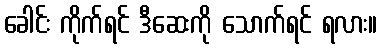
ခေါင်း ကိုက်ရင် ဒီဆေးကို သောက်ရင် ရလား။